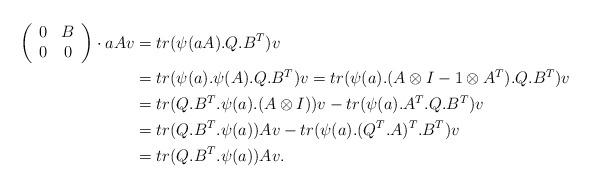
LaTeX: \begin{align*}\left( \begin{array}{cc} 0 & B \\ 0 & 0\end{array} \right) \cdot aAv &= tr(\psi(aA).Q.B^{T})v\\&= tr(\psi(a).\psi(A).Q.B^{T})v = tr(\psi(a).(A \otimes I -1\otimes A^{T}).Q.B^{T})v\\&=tr(Q.B^{T}.\psi(a).(A \otimes I))v- tr(\psi(a).A^{T}.Q.B^{T})v \\&= tr(Q.B^{T}.\psi(a))Av-tr(\psi(a).(Q^{T}.A)^{T}.B^{T})v \\&= tr(Q.B^{T}.\psi(a))Av.\end{align*}